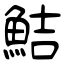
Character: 鮚